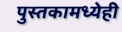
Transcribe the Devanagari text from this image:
पुस्तकामध्येही